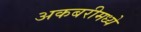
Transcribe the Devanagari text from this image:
अकबरीमध्ये